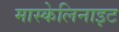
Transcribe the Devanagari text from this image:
मास्केलिनाइट